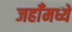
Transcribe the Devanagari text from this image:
जहाँमध्ये